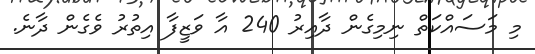
މި މަސައްކަތް ނިމިގެން ދާއިރު 240 އާ ވަޒީފާ އިތުރު ވެގެން ދާނެ.